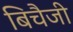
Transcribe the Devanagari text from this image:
बिचैजी